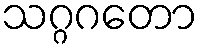
သဂ္ဂဂတော